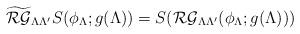
LaTeX: \begin{align*} \widetilde{\mathcal{RG}}_{\Lambda \Lambda'} S(\phi_\Lambda; g(\Lambda)) = S( \mathcal{RG}_{\Lambda \Lambda'}(\phi_\Lambda; g(\Lambda)))\end{align*}